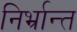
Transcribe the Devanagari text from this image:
निर्भ्रान्त